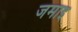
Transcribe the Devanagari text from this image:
जमाइ